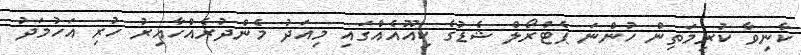
ކާނިވާ ކުރިމަތިން ހުންނަ ޕެޓްރޯލް ޝެޑުގެ ކިއޫއެއްގައި މިއަދު މެންދުރެއްހާއިރު ހުރި އަހުމަދު